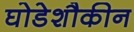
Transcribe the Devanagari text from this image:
घोडेशौकीन